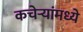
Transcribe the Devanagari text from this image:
कचेऱ्यांमध्ये